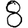
Digit: 8